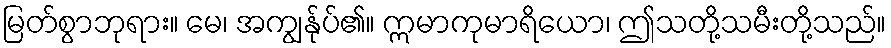
မြတ်စွာဘုရား။ မေ၊ အကျွန်ုပ်၏။ ဣမာကုမာရိယော၊ ဤသတို့သမီးတို့သည်။